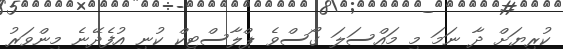
ކުރިޔަށް ދާ ނަމަ މި މައްސަލަ ގޯސްވެ ޕްލާސްޓިކް ކުނި އުފެދޭނެ މިންވަރު